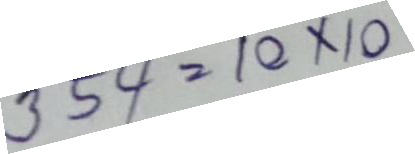
354 = 10 x 10